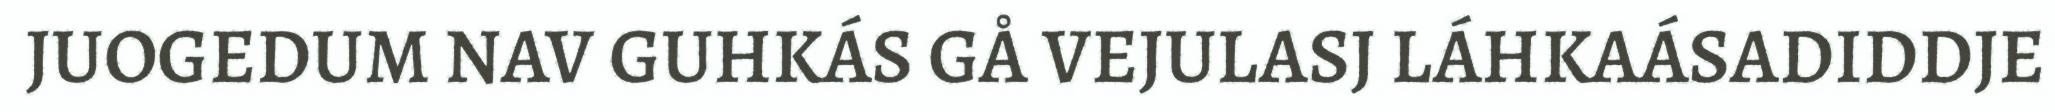
JUOGEDUM NAV GUHKÁS GÅ VEJULASJ LÁHKAÁSADIDDJE